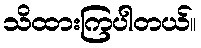
သိထားကြပါတယ်။